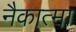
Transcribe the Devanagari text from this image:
नैकात्मा